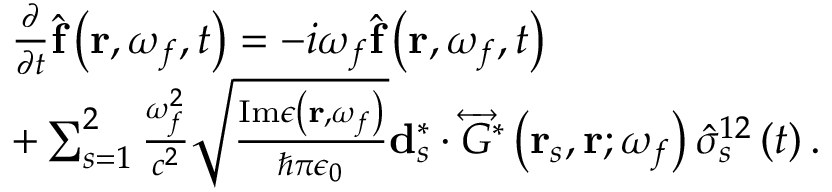
\begin{array} { r l } & { \frac { \partial } { \partial t } \hat { \mathbf { f } } \left( \mathbf { r } , \omega _ { f } , t \right) = - i \omega _ { f } \hat { \mathbf { f } } \left( \mathbf { r } , \omega _ { f } , t \right) } \\ & { + \sum _ { s = 1 } ^ { 2 } \frac { \omega _ { f } ^ { 2 } } { c ^ { 2 } } \sqrt { \frac { \mathrm { I m } \epsilon \left( \mathbf { r } , \omega _ { f } \right) } { \hbar \pi \epsilon _ { 0 } } } \mathbf { d } _ { s } ^ { * } \cdot \overleftrightarrow { G } ^ { * } \left( \mathbf { r } _ { s } , \mathbf { r } ; \omega _ { f } \right) \hat { \sigma } _ { s } ^ { 1 2 } \left( t \right) . } \end{array}